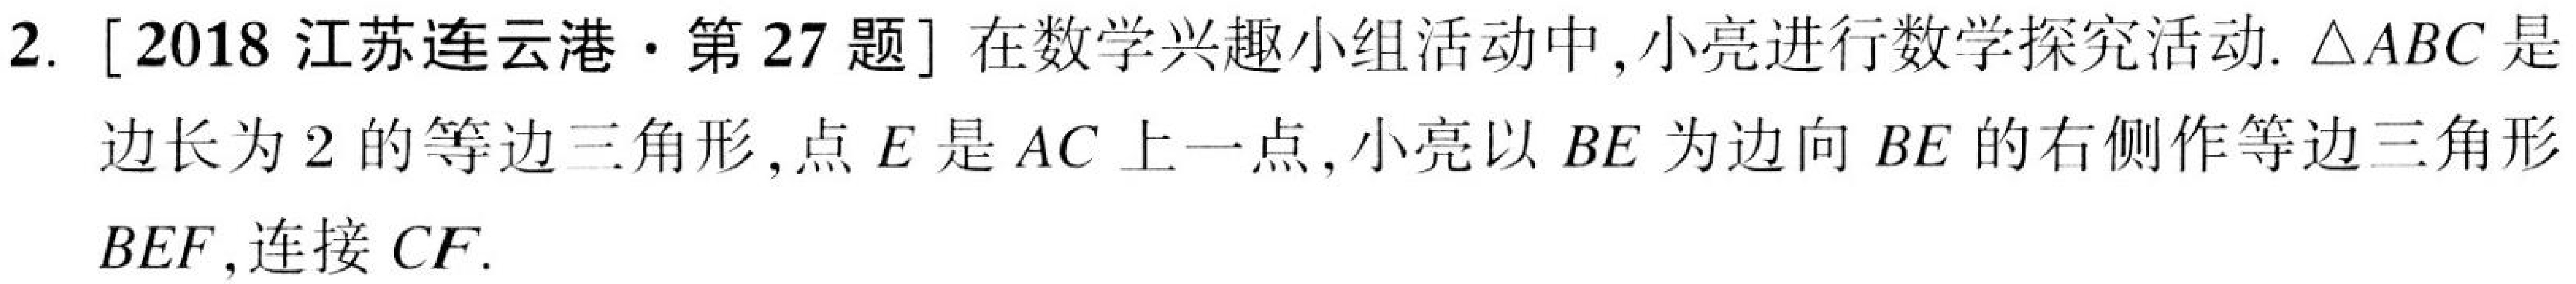
2. [2018 江苏连云港·第 27 题] 在数学兴趣小组活动中, 小亮进行数学探究活动. \(\triangle ABC\)是边长为 \(2\)的等边三角形, 点\(E\)是\(AC\)上一点, 小亮以\(BE\)为边向\(BE\)的右侧作等边三角形\(BEF\), 连接\(CF\).